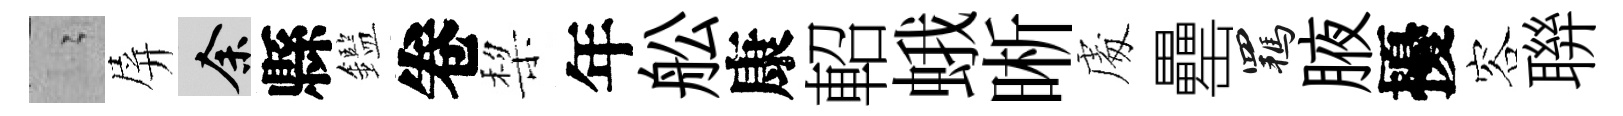
隐屏余縣鑑卷棃年舩康軺蛾晰䖏罍羈腋擾容聨